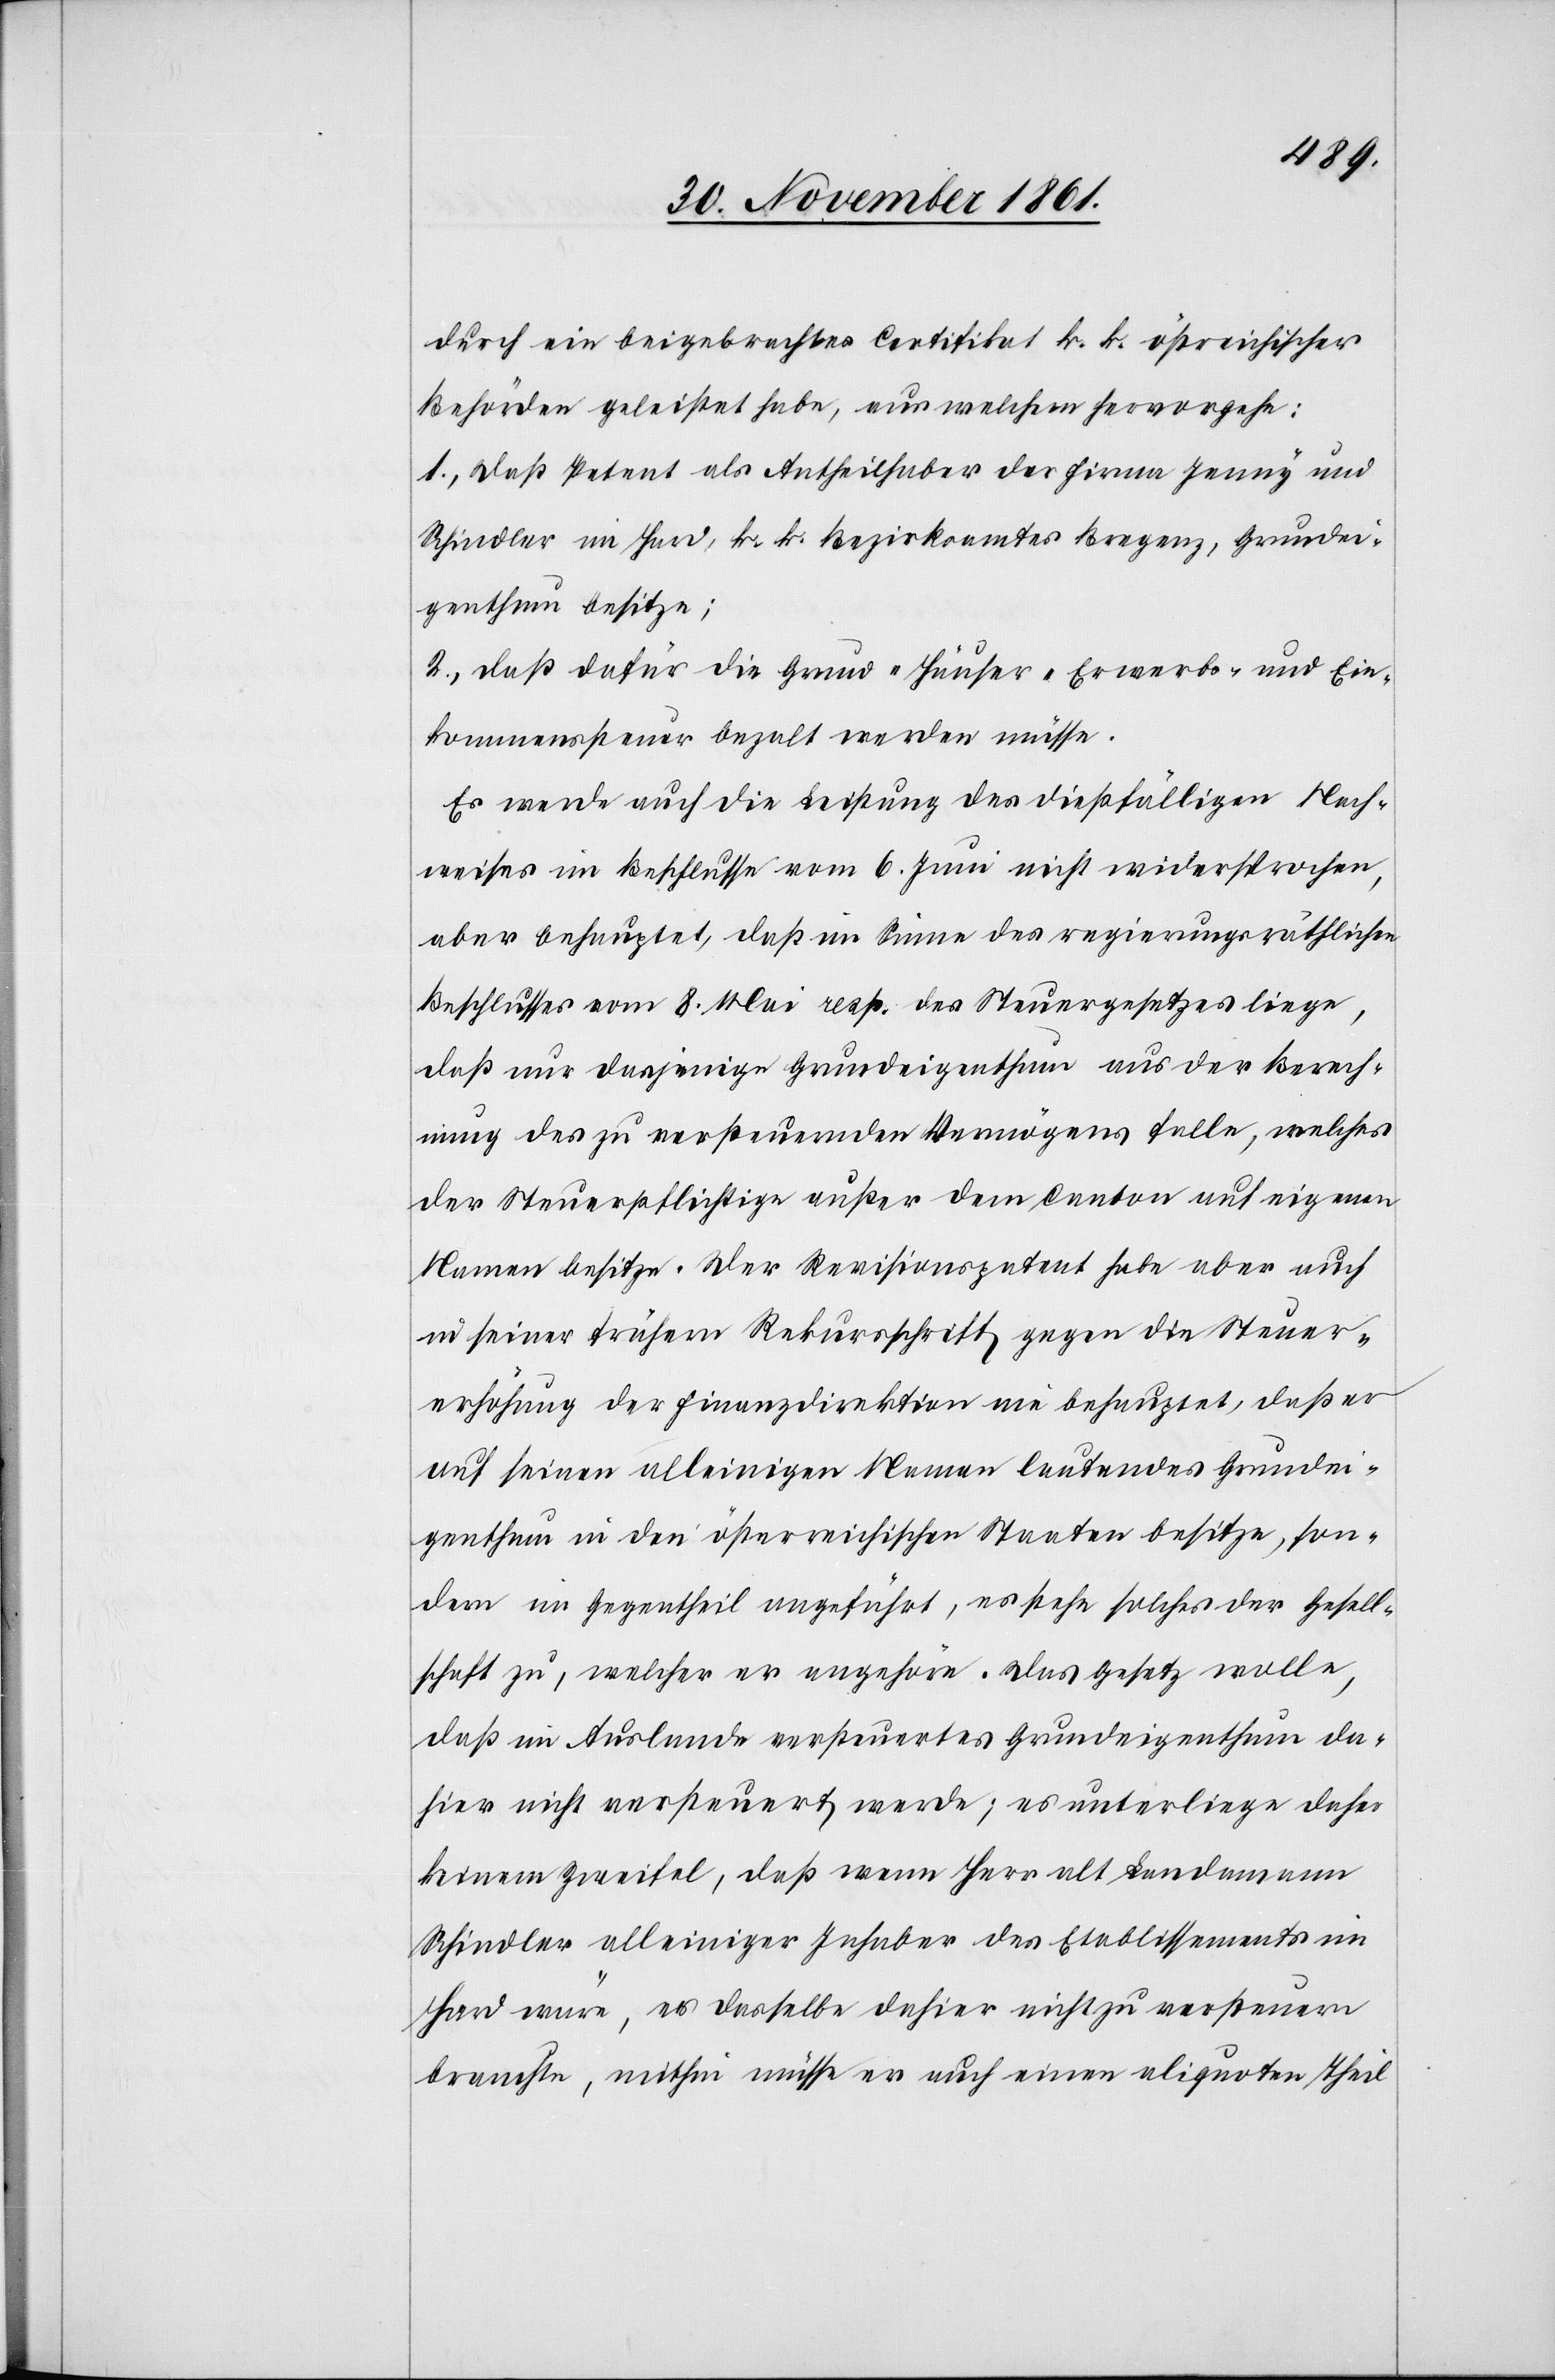
durch ein beigebrachtes Certifikat k. k. östreichischer
Behörden geleistet habe, aus welchem hervorgehe:
1., daß Petent als Antheilhaber der Firma Jenny und
Schindler im Hard, k. k. Bezirksamtes Bregenz, Grundei¬
genthum besitze;
2., daß dafür die Grund-[,] Häuser-[,] Erwerbs- und Ein¬
kommenssteuer bezalt werden müsse.
Es werde auch die Leistung des dießfälligen Nach¬
weises im Beschlusse vom 6 Juni nicht widersprochen,
aber behauptet, daß im Sinne des regierungsräthlichen
Beschlusses vom 8 Mai resp. des Steuergesetzes liege,
daß nur dasjenige Grundeigenthum aus der Berech¬
nung des zu versteuernden Vermögens falle, welches
der Steuerpflichtige außer dem Canton auf eigenen
Namen besitze. Der Revisionspetent habe aber auch
in seiner frühern Rekursschrift gegen die Steuer¬
erhöhung der Finanzdirektion nie behauptet, daß er
auf seinen alleinigen Namen lautendes Grundei¬
genthum in den österreichischen Staaten besitze, son¬
dern im Gegentheil angeführt, es stehe solches der Gesell¬
schaft zu, welcher er angehöre. Das Gesetz wolle,
daß im Auslande versteuertes Grundeigenthum da¬
hier nicht versteuert werde; es unterliege daher
keinem Zweifel, daß wenn Herr alt Landamann
Schindler alleiniger Inhaber des Etablissements im
Hard wäre, er dasselbe dahier nicht zu versteuern
brauchte, mithin müsse er auch einen aliquoten Theil